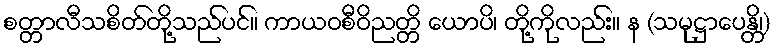
စတ္တာလီသစိတ်တို့သည်ပင်။ ကာယဝစီဝိညတ္တိ ယောပိ၊ တို့ကိုလည်း။ န (သမုဋ္ဌာပေန္တိ၊)